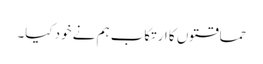
حماقتوں کا ارتکاب ہم نے خود کیا۔